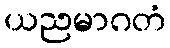
ယညမာဂတံ